Scottish Leaving Certificate Examination, 1952
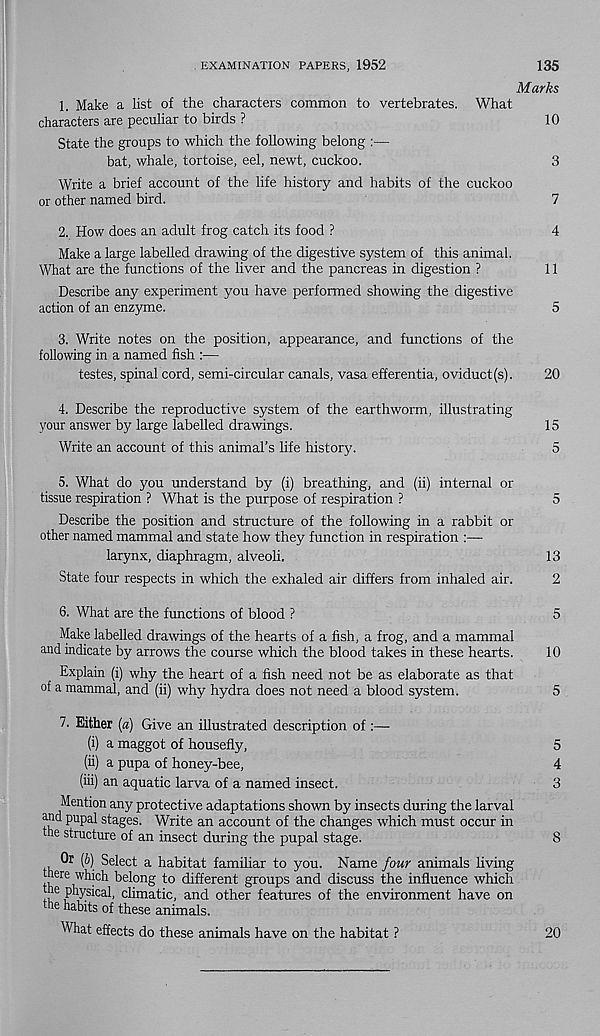
. EXAMINATION PAPERS, 1952
135
Marks
1. Make a list of the characters common to vertebrates. What
characters are peculiar to birds ?
10
State the groups to which the following belong :—
bat, whale, tortoise, eel, newt, cuckoo.
3
Write a brief account of the life history and habits of the cuckoo
or other named bird.
7
2. How does an adult frog catch its food ?
4
Make a large labelled drawing of the digestive system of this animal.
What are the functions of the liver and the pancreas in digestion ?
11
Describe any experiment you have performed showing the digestive
action of an enzyme.
5
3. Write notes on the position, appearance, and functions of the
following in a named fish :—
testes, spinal cord, semi-circular canals, vasa efferentia, oviduct(s).
20
4. Describe the reproductive system of the earthworm, illustrating
your answer by large labelled drawings.
15
Write an account of this animal’s life history.
5
5. What do you understand by (i) breathing, and (ii) internal or
tissue respiration ? What is the purpose of respiration ?
5
Describe the position and structure of the following in a rabbit or
other named mammal and state how they function in respiration :—
larynx, diaphragm, alveoli.
13
State four respects in which the exhaled air differs from inhaled air.
2
6. What are the functions of blood ?
5
Make labelled drawings of the hearts of a fish, a frog, and a mammal
and indicate by arrows the course which the blood takes in these hearts.
10
Explain (i) why the heart of a fish need not be as elaborate as that
of a mammal, and (ii) why hydra does not need a blood system.
5
7. Either (a) Give an illustrated description of :—
(i) a maggot of housefly,
5
(ii) a pupa of honey-bee,
4
(iii) an aquatic larva of a named insect.
3
Mention any protective adaptations shown by insects during the larval
and pupal stages. Write an account of the changes which must occur in
the structure of an insect during the pupal stage.
8
(&) Select a habitat familiar to you. Name four animals living
there which belong to different groups and discuss the influence which
he physical, climatic, and other features of the envir
the habits of these animals.
What effects do these animals have on the habitat ?
20